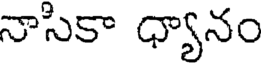
నాసికా ధ్యానం